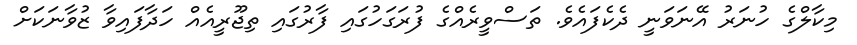
މިކާލްގެ ހުނަރު އޭނަވަނީ ދެކެފައެވެ. ތަސްވީރެއްގެ ފުރަގަހުގައި ފާރުގައި ތިޖޫރީއެއް ހަދާފައިވާ ޒުވާނަކަށް